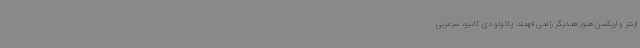
اینتر و اریکسن هنوز همدیگر را نمی فهمند. پائولو دی کانیو، سرمربی